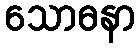
သောဓနာ